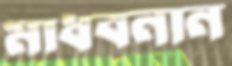
মাধবনান